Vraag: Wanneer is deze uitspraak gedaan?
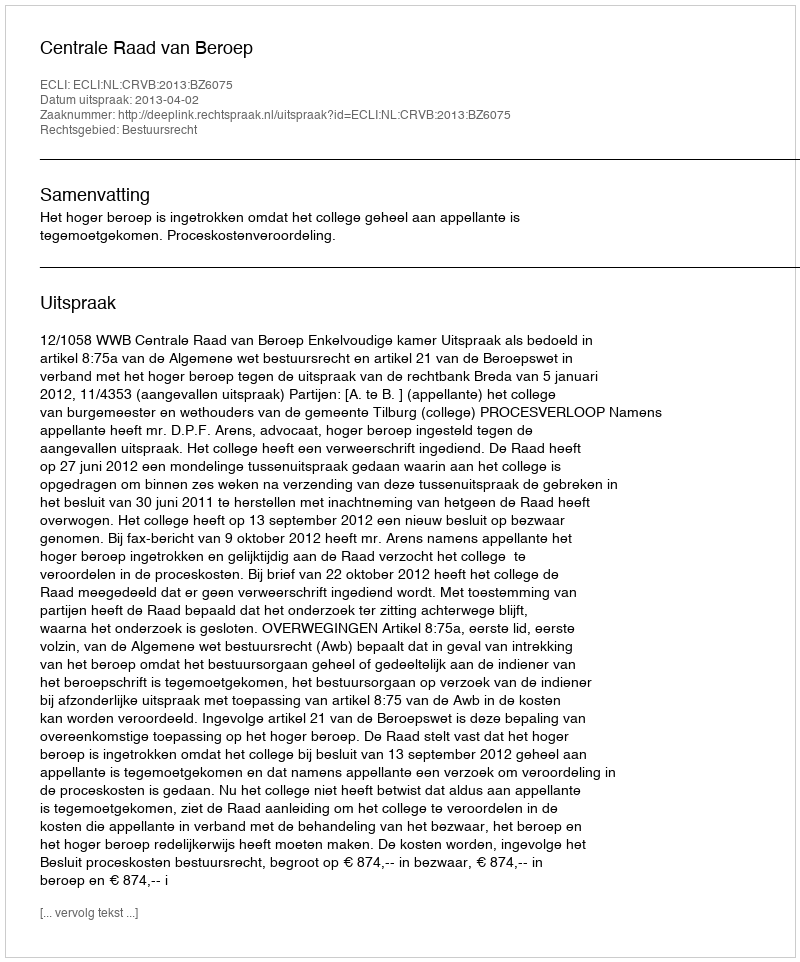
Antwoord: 2013-04-02